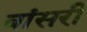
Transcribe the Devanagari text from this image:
बांसरी